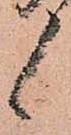
候